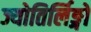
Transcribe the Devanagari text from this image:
ज्योतिर्लिङ्गों